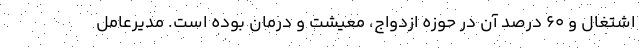
اشتغال و 60 درصد آن در حوزه ازدواج، معیشت و درمان بوده است. مدیرعامل